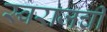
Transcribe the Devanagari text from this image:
स्वराजची